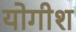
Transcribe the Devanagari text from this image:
योगीश